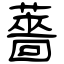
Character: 薔